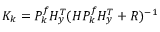
K _ { k } = P _ { k } ^ { f } H _ { y } ^ { T } ( H P _ { k } ^ { f } H _ { y } ^ { T } + R ) ^ { - 1 }